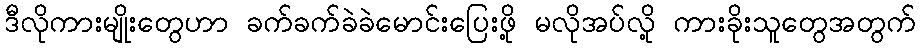
ဒီလိုကားမျိုးတွေဟာ ခက်ခက်ခဲခဲမောင်းပြေးဖို့ မလိုအပ်လို့ ကားခိုးသူတွေအတွက်